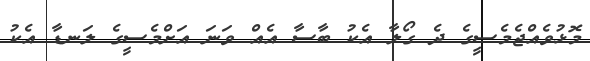
މޮޅުވެއްޖެމެސީގެ ދެ ގޯލާ އެކު ބާސާ އެއް ވަނަ އަށްމެސީގެ ލަނޑާ އެކު